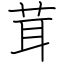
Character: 茸